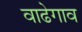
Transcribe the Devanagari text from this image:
वाढेगाव